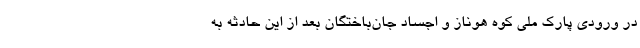
در ورودی پارک ملی کوه هوناز و اجساد جان‌باختگان بعد از این حادثه به